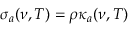
\sigma _ { a } ( \nu , T ) = \rho \kappa _ { a } ( \nu , T )